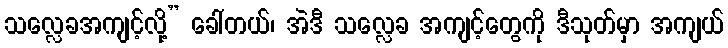
သလ္လေခအကျင့်လို့” ခေါ်တယ်၊ အဲဒီ သလ္လေခ အကျင့်တွေကို ဒီသုတ်မှာ အကျယ်